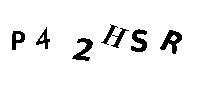
P42HSR